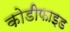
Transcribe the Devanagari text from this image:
कोडीफाइड